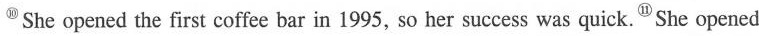
^{⑩}She opened the first coffee bar in 1995, so her success was quick. ^{⑪}She opened